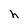
Character: h